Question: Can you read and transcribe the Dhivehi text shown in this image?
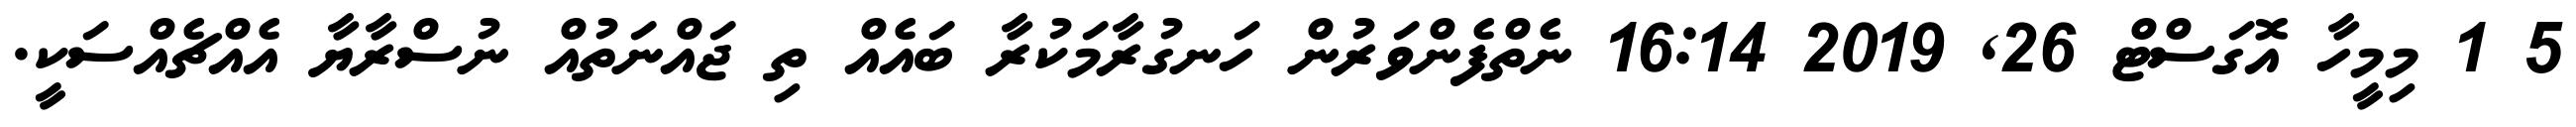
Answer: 5 1 މިމީހާ އޮގަސްޓް 26, 2019 16:14 ނެތްފެންވަރުން ހަނގުރާމަކުރާ ބައެއް ތި ޖައްނަތުއް ނުސްރާޔާ އެއްޗެއްސަކީ.